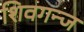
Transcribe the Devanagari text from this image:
शिवगन्ज